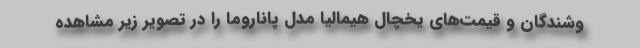
وشندگان و قیمت‌های یخچال هیمالیا مدل پاناروما را در تصویر زیر مشاهده